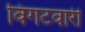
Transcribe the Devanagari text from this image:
विगटवारी